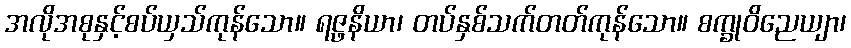
အလိုအစုနှင့်စပ်ယှသ်ကုန်သော။ ရဇ္ဖနိယာ၊ တပ်နှစ်သက်တတ်ကုန်သော။ စက္ခုဝိညေယျာ၊